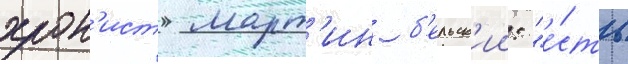
хрон'ист март'ин б'ельск'ии: "е́сть